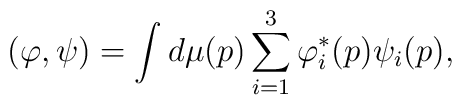
(\varphi,\psi) = \int d\mu(p) \sum_{i=1}^{3} \varphi_{i}^{\ast}(p)\psi_{i}(p),